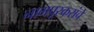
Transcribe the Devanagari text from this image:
नागपूरकरांचे